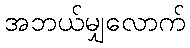
အဘယ်မျှလောက်